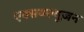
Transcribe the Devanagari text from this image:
एक्सक्ल्यूज़न